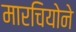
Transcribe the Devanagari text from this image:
मारचियोने